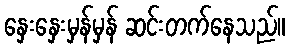
နှေးနှေးမှန်မှန် ဆင်းတက်နေသည်။